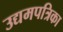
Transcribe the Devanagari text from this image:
उद्यमपत्रिका